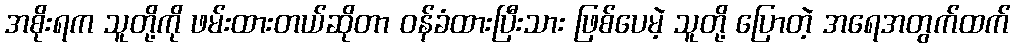
အစိုးရက သူတို့ကို ဖမ်းထားတယ်ဆိုတာ ဝန်ခံထားပြီးသား ဖြစ်ပေမဲ့ သူတို့ ပြောတဲ့ အရေအတွက်ထက်